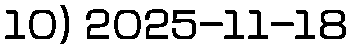
10) 2025-11-18